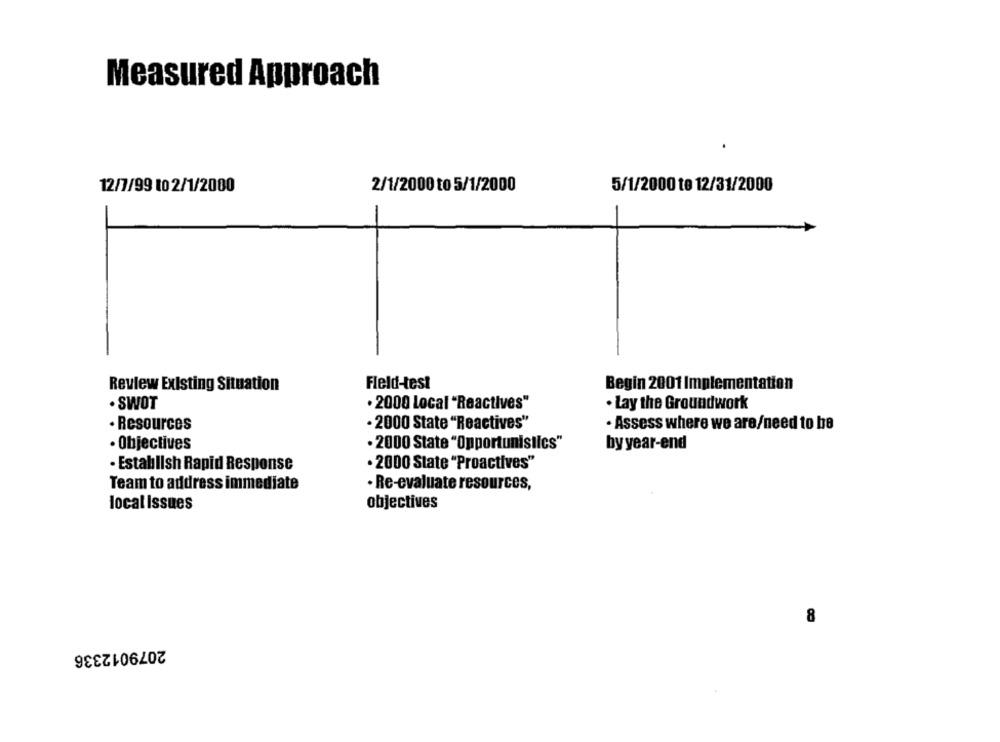
Measured Approach
12/7/99 10 2/1/2000
2/1/2000 to 5/1/2000
5/1/2000 to 12/31/2000
Field-test
Begin 2001 Implementation
Review Existing Situation
· SWOT
· 2000 Local "Reactives"
· Lay the Groundwork
. Resources
· 2000 State "Reactives"
· Assess where we are/need to be
· Objectives
· 2000 State "Opportunistics"
by year-end
· Establish Rapid Response
· 2000 State "Proactives"
Team to address immediate
· Re-evaluate resources,
objectives
local Issues
2079012336